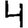
Digit: 4